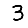
Digit: 3